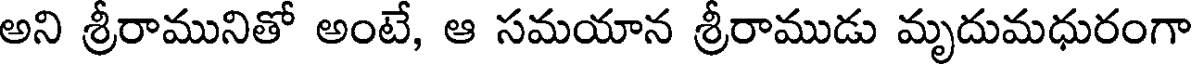
అని శ్రీరామునితో అంటే, ఆ సమయాన శ్రీరాముడు మృదుమధురంగా